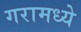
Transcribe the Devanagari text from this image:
गरामध्ये